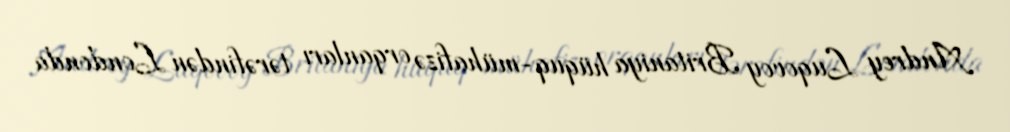
Andrey Luqovoy Britaniya hüquq-mühafizə orqanları tərəfindən Londonda